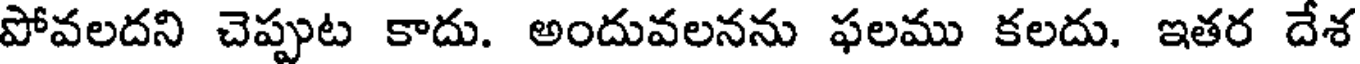
పోవలదని చెప్పుట కాదు. అందువలనను ఫలము కలదు. ఇతర దేశ